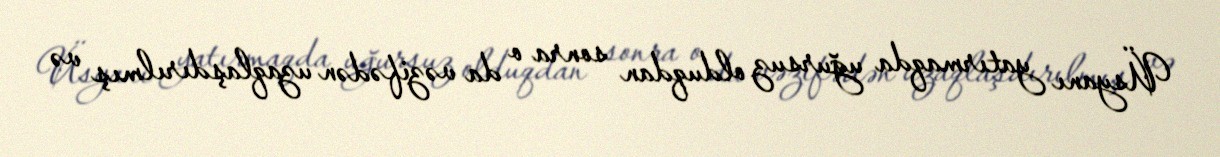
Üsyanı yatırmaqda uğursuz olduqdan sonra o da vəzifədən uzaqlaşdırılmış və